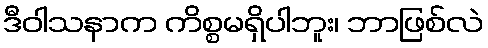
ဒီဝါသနာက ကိစ္စမရှိပါဘူး၊ ဘာဖြစ်လဲ